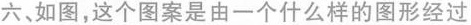
六、如图，这个图案是由一个什么样的图形经过